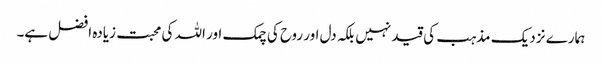
ہمارے نزدیک مذہب کی قید نہیں بلکہ دل اور روح کی چمک اور اللہ کی محبت زیادہ افضل ہے۔